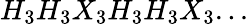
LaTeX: H_{3}H_{3}X_{3}H_{3}H_{3}X_{3}...